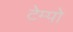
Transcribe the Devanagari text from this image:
टेम्‍पो